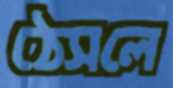
ঠেসলে